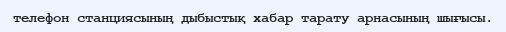
телефон станциясының дыбыстық хабар тарату арнасының шығысы.